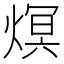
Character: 熐